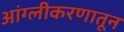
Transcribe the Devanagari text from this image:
आंग्लीकरणातून